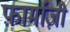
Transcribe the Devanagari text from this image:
फ़ार्माज़ी